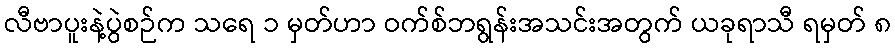
လီဗာပူးနဲ့ပွဲစဉ်က သရေ ၁ မှတ်ဟာ ဝက်စ်ဘရွန်းအသင်းအတွက် ယခုရာသီ ရမှတ် ၈